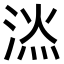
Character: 𣷇